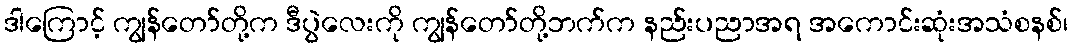
ဒါကြောင့် ကျွန်တော်တို့က ဒီပွဲလေးကို ကျွန်တော်တို့ဘက်က နည်းပညာအရ အကောင်းဆုံးအသံစနစ်၊